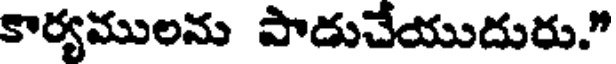
కార్యములను పాడుచేయుదురు."